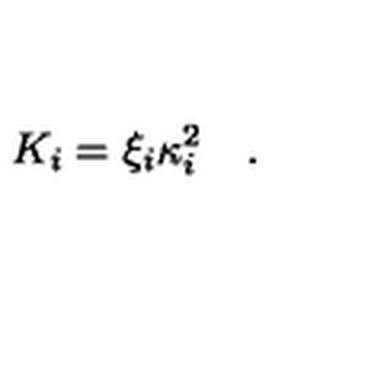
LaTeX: K _ { i } = \xi _ { i } \kappa _ { i } ^ { 2 } \quad .